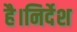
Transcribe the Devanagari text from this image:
है।निर्देश